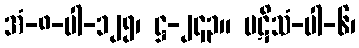
အံ-၈-ပါ-၁၂၅၊ ဋ္ဌ-၂၄၃။ ပဋိသံ-ပါ-၆၊